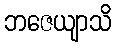
ဘဇေယျာသိ